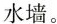
水墙。